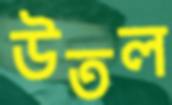
উতল